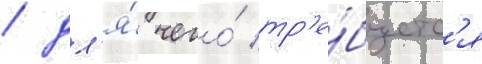
/ дл'я́ чего́ тр'е́буетс'я